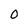
Character: 0